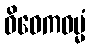
ဝိဝေကဓမ္မံ